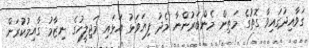
ގަވާއިދުގައިވާ ގޮތުގެ މަތިން މެންބަރުންނާ މެދު ފިޔަވަޅު އަޅައި މަޖިލީހުގެ ނިޒާމު ގާއިމުކުރަން